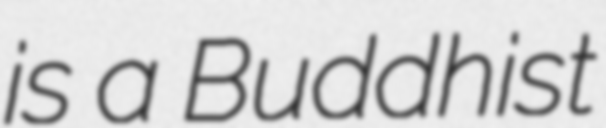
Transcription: is a Buddhist